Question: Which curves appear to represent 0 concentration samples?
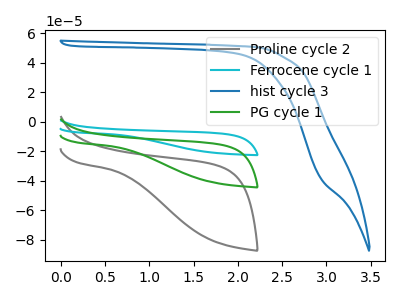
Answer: <think>The gray curve "Proline cycle 2" has no peaks. The cyan curve "Ferrocene cycle 1" has no peaks. The blue curve "hist cycle 3" has no peaks. The green curve "PG cycle 1" has no peaks.</think>
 <answer>"Proline cycle 2", "Ferrocene cycle 1", "hist cycle 3" and "PG cycle 1" are likely to be blanks.</answer>
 <eval>"Proline cycle 2", "Ferrocene cycle 1", "hist cycle 3", "PG cycle 1"</eval>